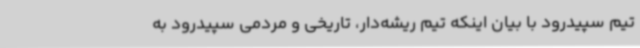
تیم سپیدرود با بیان اینکه تیم ریشه‌دار، تاریخی و مردمی سپیدرود به